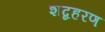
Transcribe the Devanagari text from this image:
शब्दहरण